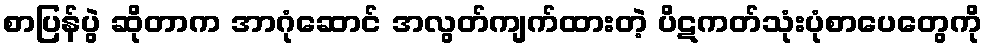
စာပြန်ပွဲ ဆိုတာက အာဂုံဆောင် အလွတ်ကျက်ထားတဲ့ ပိဋကတ်သုံးပုံစာပေတွေကို